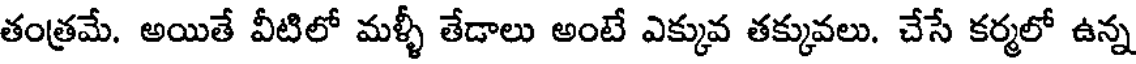
తంత్రమే. అయితే వీటిలో మళ్ళీ తేడాలు అంటే ఎక్కువ తక్కువలు. చేసే కర్మలో ఉన్న